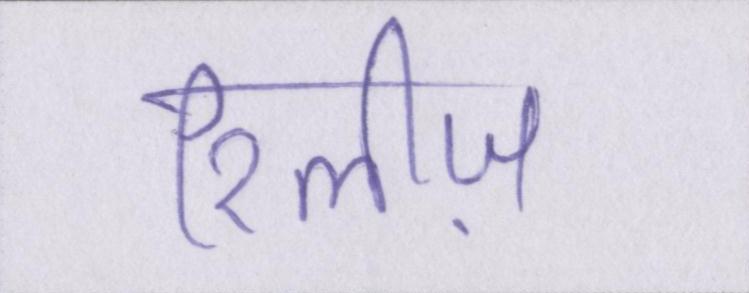
रिलीज़